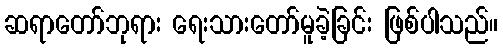
ဆရာတော်ဘုရား ရေးသားတော်မူခဲ့ခြင်း ဖြစ်ပါသည်။